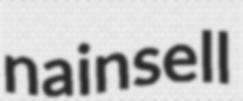
nainsell